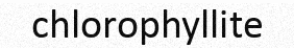
chlorophyllite